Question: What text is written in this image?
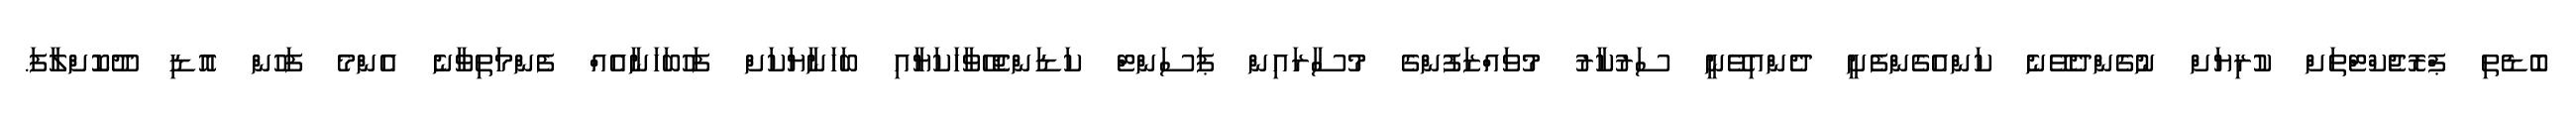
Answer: ބޮޑެތި ޕްރޮޖެކްޓްތަށް ކުރިޔަށް ނުގެންދެވޭނެ ކަންއެގެންފެށީ ދެންއިވޭނީ ސަރުކާރު މުވައްޒަފުންގެ މުސާރައިން ޕަސަންޓް ކަޑަންޖެހޭވާހަކަޔާއި ބަހަނާޔަކަށް ފަހުބަހަނާއެއް ފެންމަތިވާނެ އެންމެ ފަހުން އޮޑި ދޫކޮށްލާފަ.